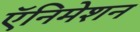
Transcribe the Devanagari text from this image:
ऍनिमेशन